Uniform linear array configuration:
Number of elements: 8
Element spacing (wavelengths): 0.5
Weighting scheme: hann
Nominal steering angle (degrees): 15
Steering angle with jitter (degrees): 16.304
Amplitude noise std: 0.05
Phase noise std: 0.05

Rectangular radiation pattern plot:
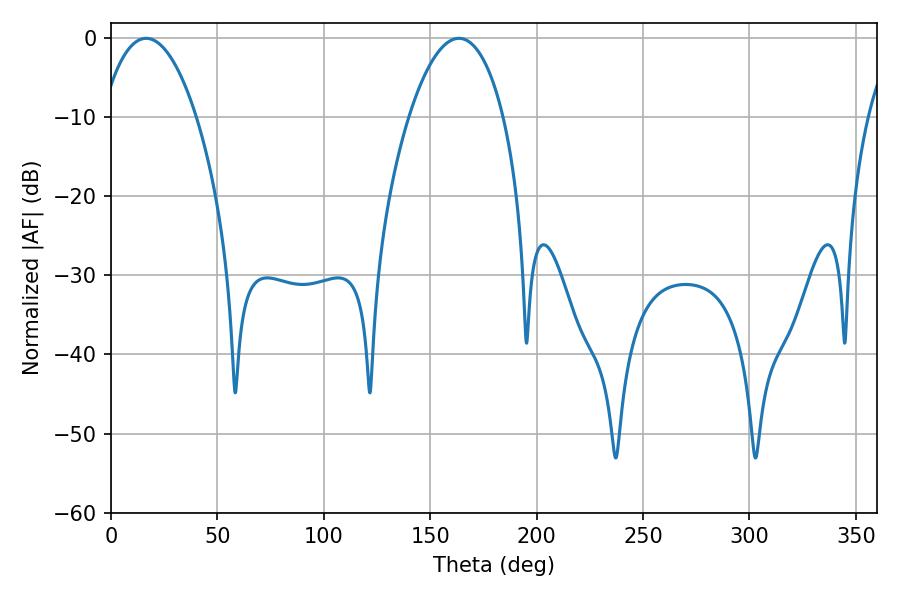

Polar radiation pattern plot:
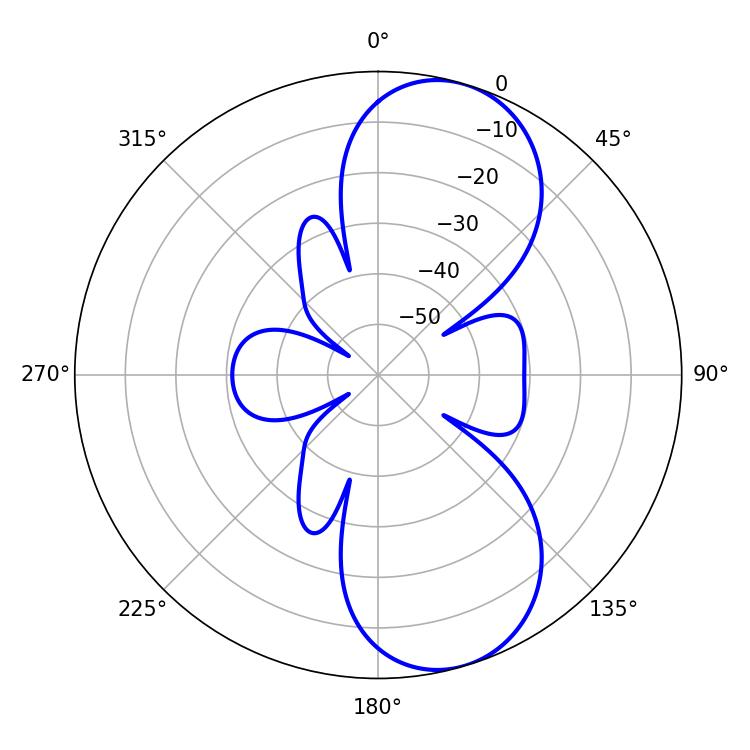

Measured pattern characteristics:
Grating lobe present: FALSE
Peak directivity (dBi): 8.708
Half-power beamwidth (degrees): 24.84
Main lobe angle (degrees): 16.56